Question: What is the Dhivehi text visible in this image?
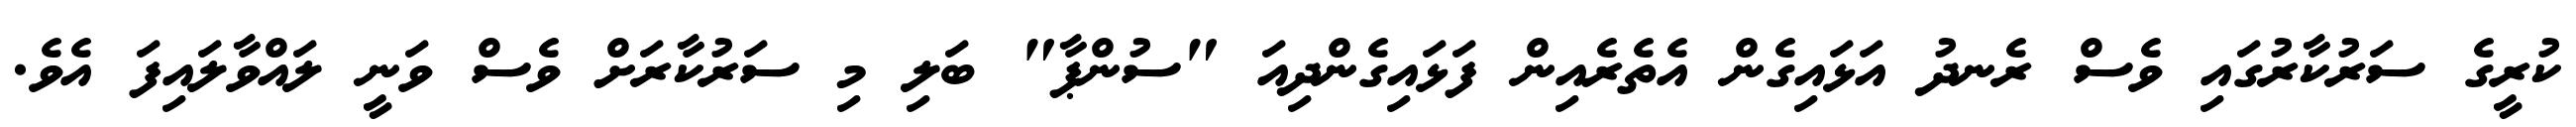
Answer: ކުރީގެ ސަރުކާރުގައި ވެސް ރެނދު އަޅައިގެން އެތެރެއިން ފަޅައިގެންދިއަ "ސުންޕާ" ބަލި މި ސަރުކާރަށް ވެސް ވަނީ ލައްވާލައިފަ އެވެ.